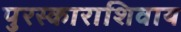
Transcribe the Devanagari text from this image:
पुरस्काराशिवाय